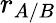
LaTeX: r_{A/B}